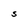
Character: S